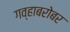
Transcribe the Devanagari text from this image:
गव्हाबरोबर